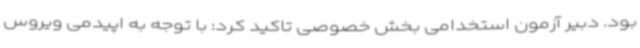
بود. دبیر آزمون استخدامی بخش خصوصی تاکید کرد: با توجه به اپیدمی ویروس